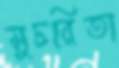
সুচরিতা